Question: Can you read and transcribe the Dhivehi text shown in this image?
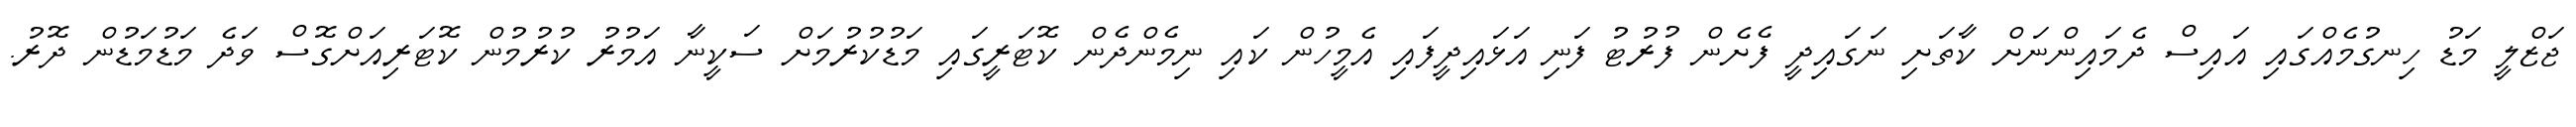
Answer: ޖަޒްލީ މަޑު ހިނގުމެއްގައި އައިސް ދެމައިންނަށް ކާތަށި ނަގައިދީ ފެށެން ފުރުޓު ފަނި އަޅައިދީފައި އެމީހުން ކައި ނިމެންދެން ކޮޓަރީގައި މަޑުކުރުމަށް ސަކީނާ އަމުރު ކުރުމުން ކޮޓަރިއަށްގޮސް ވަދެ މަޑުމަޑުން ދޮރު.